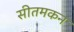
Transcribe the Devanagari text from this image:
सीतमकन